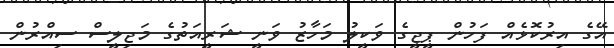
އޭގެ އިރުކޮޅެއް ފަހުން ޕީޖީގެ ވަކީލު މަހާޒު ވަނީ ޝަރީއަތުގެ މަޖިލީސް ސިއްރުން